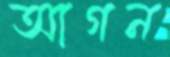
আগন